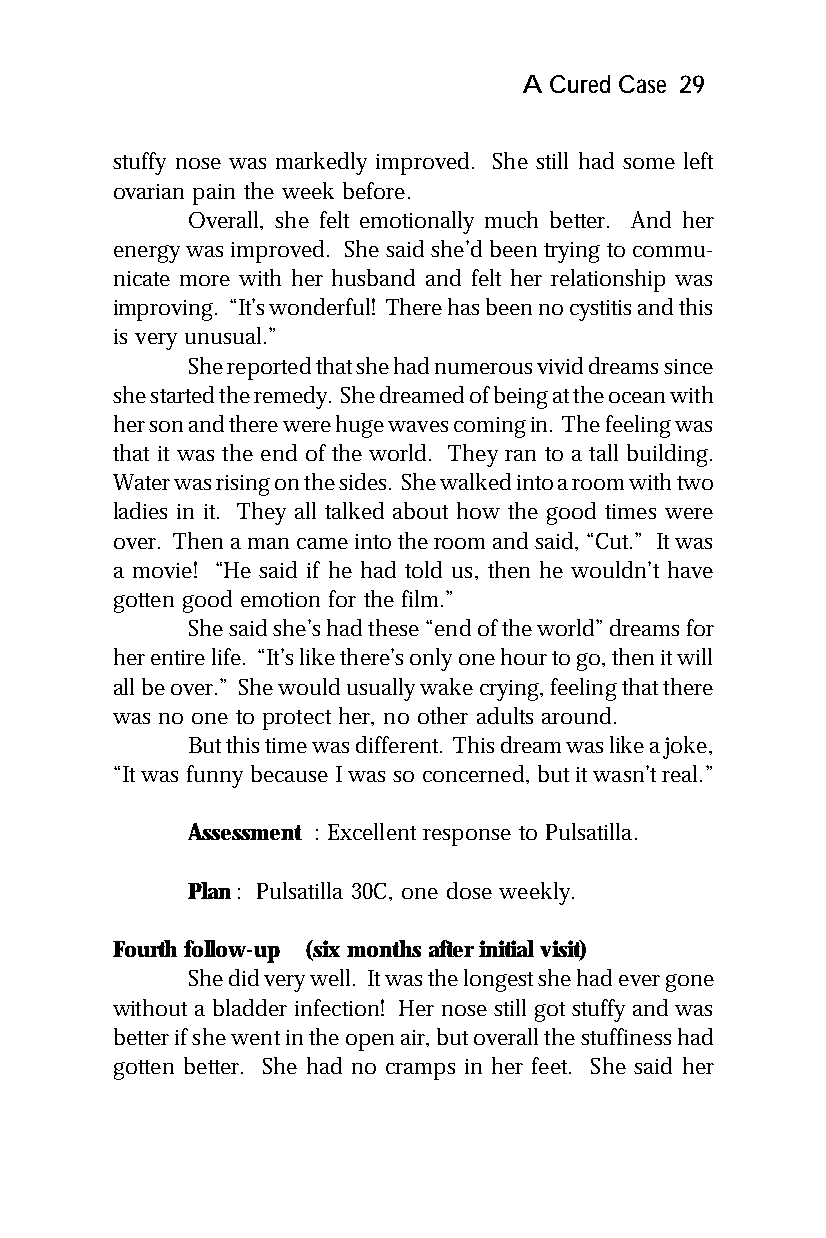
A Cured Case 29
 stuffy nose was markedly improved. She still had some left
 ovarian pain the week before.
 Overall, she felt emotionally much better. And her
 energy was improved. She said she’d been trying to commu-
 nicate more with her husband and felt her relationship was
 improving. “It’s wonderful! There has been no cystitis and this
 is very unusual.”
 She reported that she had numerous vivid dreams since
 she started the remedy. She dreamed of being at the ocean with
 her son and there were huge waves coming in. The feeling was
 that it was the end of the world. They ran to a tall building.
 Water was rising on the sides. She walked into a room with two
 ladies in it. They all talked about how the good times were
 over. Then a man came into the room and said, “Cut.” It was
 a movie! “He said if he had told us, then he wouldn’t have
 gotten good emotion for the film.”
 She said she’s had these “end of the world” dreams for
 her entire life. “It’s like there’s only one hour to go, then it will
 all be over.” She would usually wake crying, feeling that there
 was no one to protect her, no other adults around.
 But this time was different. This dream was like a joke,
 “It was funny because I was so concerned, but it wasn’t real.”
 Assessment : Excellent response to Pulsatilla.
 Plan: Pulsatilla 30C, one dose weekly.
 Fourth follow-up (six months after initial visit)
 She did very well. It was the longest she had ever gone
 without a bladder infection! Her nose still got stuffy and was
 better if she went in the open air, but overall the stuffiness had
 gotten better. She had no cramps in her feet. She said her